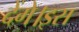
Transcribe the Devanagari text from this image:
देंगे।इस